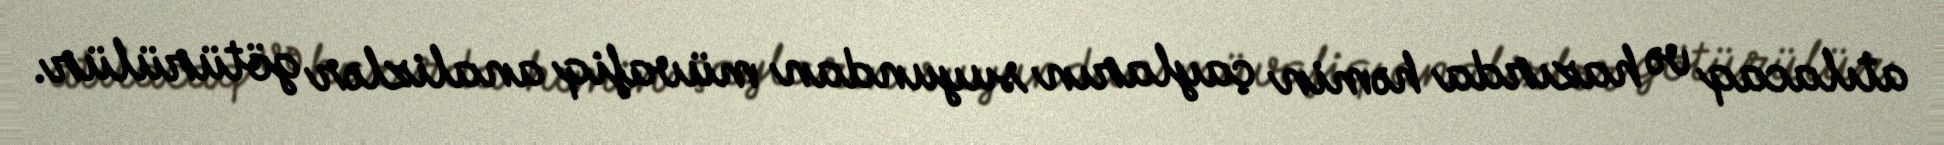
atılacaq və hazırda həmin çayların suyundan müvafiq analizlər götürülür.